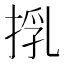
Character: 𢯚